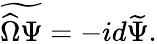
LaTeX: \widetilde{\widehat\Omega\Psi}=-id\widetilde\Psi.